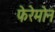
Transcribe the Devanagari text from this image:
फेरेमोन